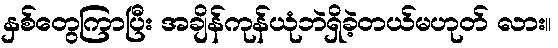
နှစ်တွေကြာပြီး အချိန်ကုန်ယုံဘဲရှိခဲ့တယ်မဟုတ် လား။